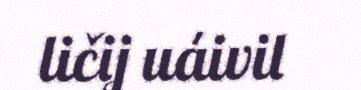
ličij uáivil